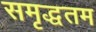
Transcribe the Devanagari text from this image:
समृद्धतम